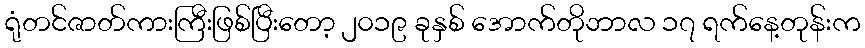
ရုံတင်ဇာတ်ကားကြီးဖြစ်ပြီးတော့ ၂၀၁၉ ခုနှစ် အောက်တိုဘာလ ၁၇ ရက်နေ့တုန်းက